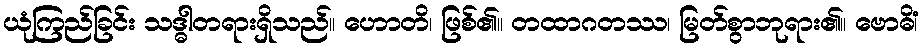
ယုံကြည်ခြင်း သဒ္ဓါတရားရှိသည်။ ဟောတိ၊ ဖြစ်၏။ တထာဂတဿ၊ မြတ်စွာဘုရား၏။ ဗောဓိံ၊